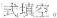
式填空.